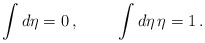
\begin{align*}\int d\eta = 0 \, , \hspace{1cm} \int d\eta \, \eta = 1 \, .\end{align*}